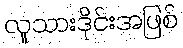
လူသားဒိုင်းအဖြစ်